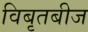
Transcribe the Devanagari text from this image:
विबृतबीज